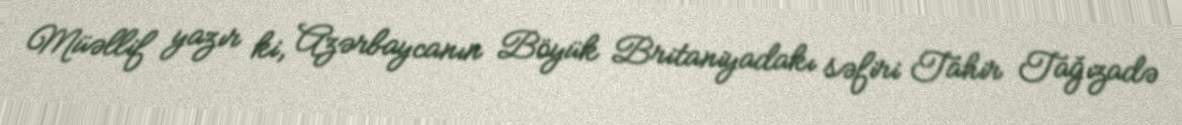
Müəllif yazır ki, Azərbaycanın Böyük Britaniyadakı səfiri Tahir Tağızadə